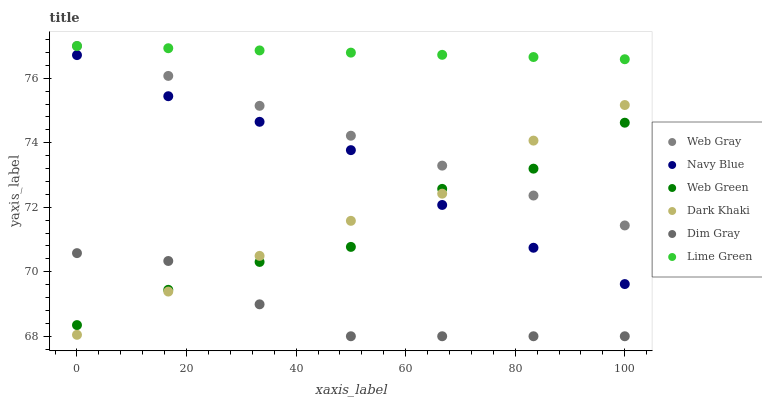
| xaxis_label | Web Gray | Navy Blue | Web Green | Dark Khaki | Dim Gray | Lime Green |
 | --- | --- | --- | --- | --- | --- | --- |
 | 0 | 77 | 76.7 | 68.3 | 68 | 70.6 | 77 |
 | 16.7 | 76.1 | 75.4 | 69.4 | 69.4 | 70.3 | 76.9 |
 | 33.3 | 75.1 | 74.6 | 70.3 | 70.5 | 69 | 76.9 |
 | 50 | 74.2 | 73.8 | 70.8 | 71.6 | 68 | 76.8 |
 | 66.7 | 73.3 | 72.1 | 72.6 | 72.4 | 68 | 76.7 |
 | 83.3 | 72.4 | 70.7 | 73.2 | 74.1 | 68 | 76.7 |
 | 100 | 71.4 | 69.6 | 74.6 | 75.2 | 68 | 76.6 |